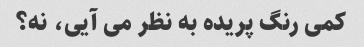
کمی رنگ پریده به نظر می آیی، نه؟